Annual report on the health of the army in India
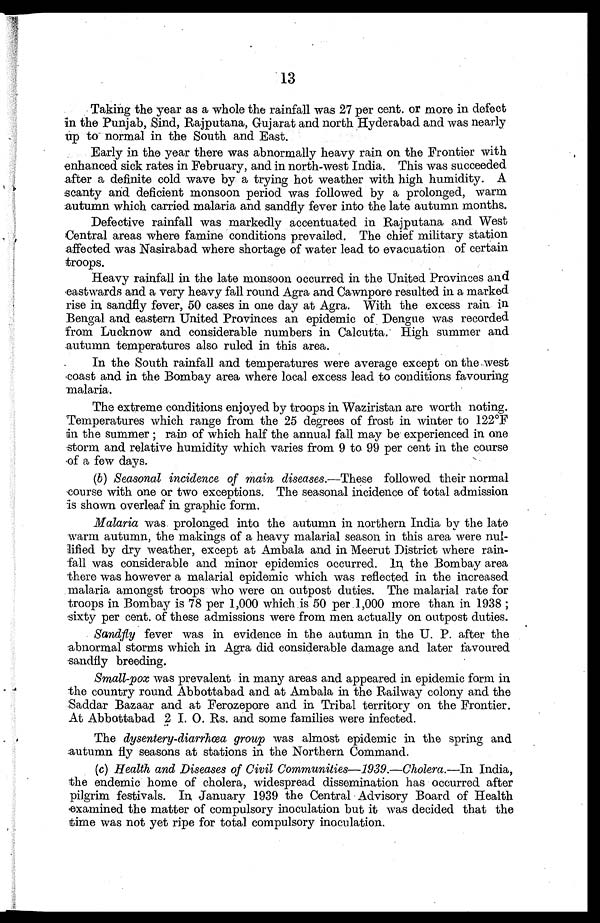
13
Taking the year as a whole the rainfall was 27 per cent. or more in defect
in the Punjab, Sind, Rajputana, Gujarat and north Hyderabad and was nearly
up to normal in the South and East.
Early in the year there was abnormally heavy rain on the Frontier with
enhanced sick rates in February, and in north-west India. This was succeeded
after a definite cold wave by a trying hot weather with high humidity. A
scanty and deficient monsoon period was followed by a prolonged, warm
autumn which carried malaria and sandfly fever into the late autumn months.
Defective rainfall was markedly accentuated in Rajputana and West
Central areas where famine conditions prevailed. The chief military station
affected was Nasirabad where shortage of water lead to evacuation of certain
troops.
Heavy rainfall in the late monsoon occurred in the United Provinces and
eastwards and a very heavy fall round Agra and Cawnpore resulted in a marked
rise in sandfly fever, 50 cases in one day at Agra. With the excess rain in
Bengal and eastern United Provinces an epidemic of . Dengue was recorded
from Luckn ow and considerable numbers in Calcutta. High summer and
autumn temperatures also ruled in this area.
In the South rainfall and temperatures were average except on the west
coast and in the Bombay area where local excess lead to conditions favouring
malaria.
The extreme conditions enjoyed by troops in Waziristan are worth. noting.
Temperatures which range from the 25 degrees of frost in winter to 122°F
in the summer ; rain of which half the annual fall may be experienced in one
storm and relative humidity which varies from 9 to 99 per cent in the course
of a few days.
(b) Seasonal incidence of main diseases.—These followed their normal
course with one or two exceptions. The seasonal incidence of total admission
is shown overleaf in graphic form.
Malaria was prolonged into the autumn in northern India by the late
warm autumn, the makings of a heavy malarial season in this area were nul-
lified by dry weather, except at Ambala and in Meerut District where rain-
fall was considerable and minor epidemics occurred. in, the Bombay area
-there was however a malarial epidemic which was reflected in the increased
malaria amon gst troops who were on outpost duties. The malarial rate for
troops in Bombay is 78 per 1,000 which Is 50 per .1,000 more than in 1938 ;
-sixty per cent, of these admissions were from men actually on outpost duties.
Sandfly fever was in evidence in the autumn in the U. P. after the
abnormal storms which in Agra did considerable damage and later favoured
sandfly breeding.
Small-poxw a s p r e v a l e n t i n m a n y a r e a s a n d a p p e a r e d i n e p i d e m i c f o r m i n
the country round Abbottabad and at Ambala in the Railway colony and the
Saddar Bazaar and at Ferozepore and in Tribal territory on the Frontier.
At Abbottabad 2 I. O. Rs. and some families were infected.
The dysentery-diarrhea group was almost epidemic in the spring and
autumn fly seasons at stations in the Northern Command.
(c) Health and Diseases of Civil Communities— 1939.—Cholera.—In India,
the endemic home of cholera, widespread dissemination has occurred after
pilgrim festivals. In January 1939 the Central Advisory Board of Health
examined the matter of compulsory inoculation but it was decided that the
time was not yet ripe for total compulsory inoculation.